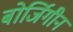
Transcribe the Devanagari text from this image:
बोर्जिगीन